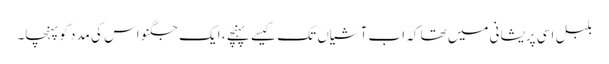
بلبل اسی پریشانی میں تھا کہ اب آشیاں تک کیسے پہنچے ، ایک جگنو اس کی مدد کو پہنچا۔